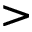
\textgreater